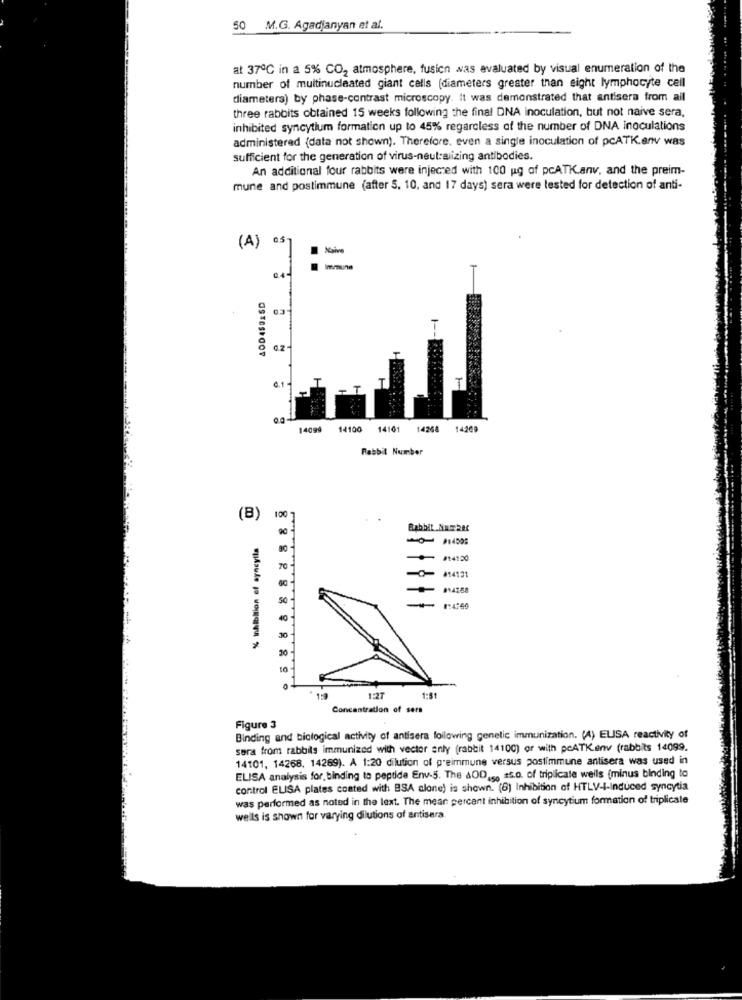
50 M.G. Agadjanyan et al.
at 37℃ in a 5% CO2 atmosphere, fusion was evaluated by visual enumeration of the
number of multinucleated giant cells (diameters greater than eight lymphocyte cell
diameters) by phase-contrast microscopy. It was demonstrated that antisera from ail
three rabbits obtained 15 weeks following the final ONA inoculation, but not naive sera,
inhibited syncytium formation up to 45% regardless of the number of DNA inoculations
administered {data not shown). Therefore, even a single inoculation of pcATK.env was
sufficient for the generation of virus-neutralizing antibodies.
An additional four rabbits were injected with 100 g of pcATK.anv, and the preim-
mune and postimmune (after 5. 10, and 17 days) sera were tested for detection of anti-
(A) 05]
AODASORSD
03
14099
14100
14101
14268
14260
Rabbit Number
(B)
100
90
Rabbit Number
% inhibition of syneyila
#14100
TO
814131
50
40
20
10
12T
1:31
Concentration of sers
Figure 3
Binding and biological activity of antisera following genetic immunization. (A) ELISA reactivity of
sera from rabbits immunized with vector only (rabbit 14100) or with peATKenv (rabbits 14099.
14101, 14268, 14269). A 1:20 dilution of preimmune versus postimmune antisera was used in
ELISA analysis for. binding to peptide Env-5. The &OD,s. s.o. of triplicate wells (minus binding to
control ELISA plates coated with BSA alone) is shown. (8) Inhibition of HTLV-4-Induced syncytia
was performed as noted in the lext. The mean percent inhibition of syncytium formation of triplicale
wells is shown for varying dilutions of antisera.